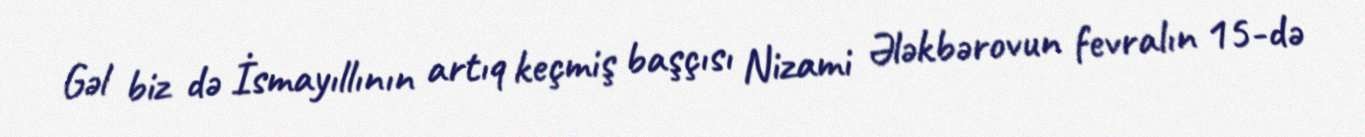
Gəl biz də İsmayıllının artıq keçmiş başçısı Nizami Ələkbərovun fevralın 15-də